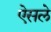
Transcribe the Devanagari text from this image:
ऐसले